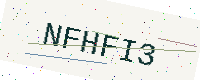
Text: NFHFI3